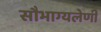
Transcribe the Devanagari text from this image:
सौभाग्यलेणी